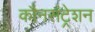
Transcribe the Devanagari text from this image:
कौनसंट्रेशन